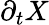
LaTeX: \partial_{t}{X}